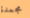
مجمدة